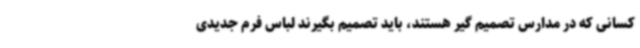
کسانی که در مدارس تصمیم گیر هستند، باید تصمیم بگیرند لباس فرم جدیدی